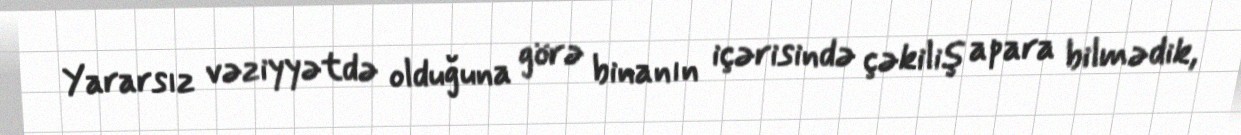
Yararsız vəziyyətdə olduğuna görə binanın içərisində çəkiliş apara bilmədik,